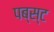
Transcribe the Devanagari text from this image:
पब्स्ट